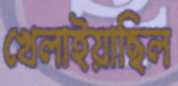
খেলাইয়াছিল